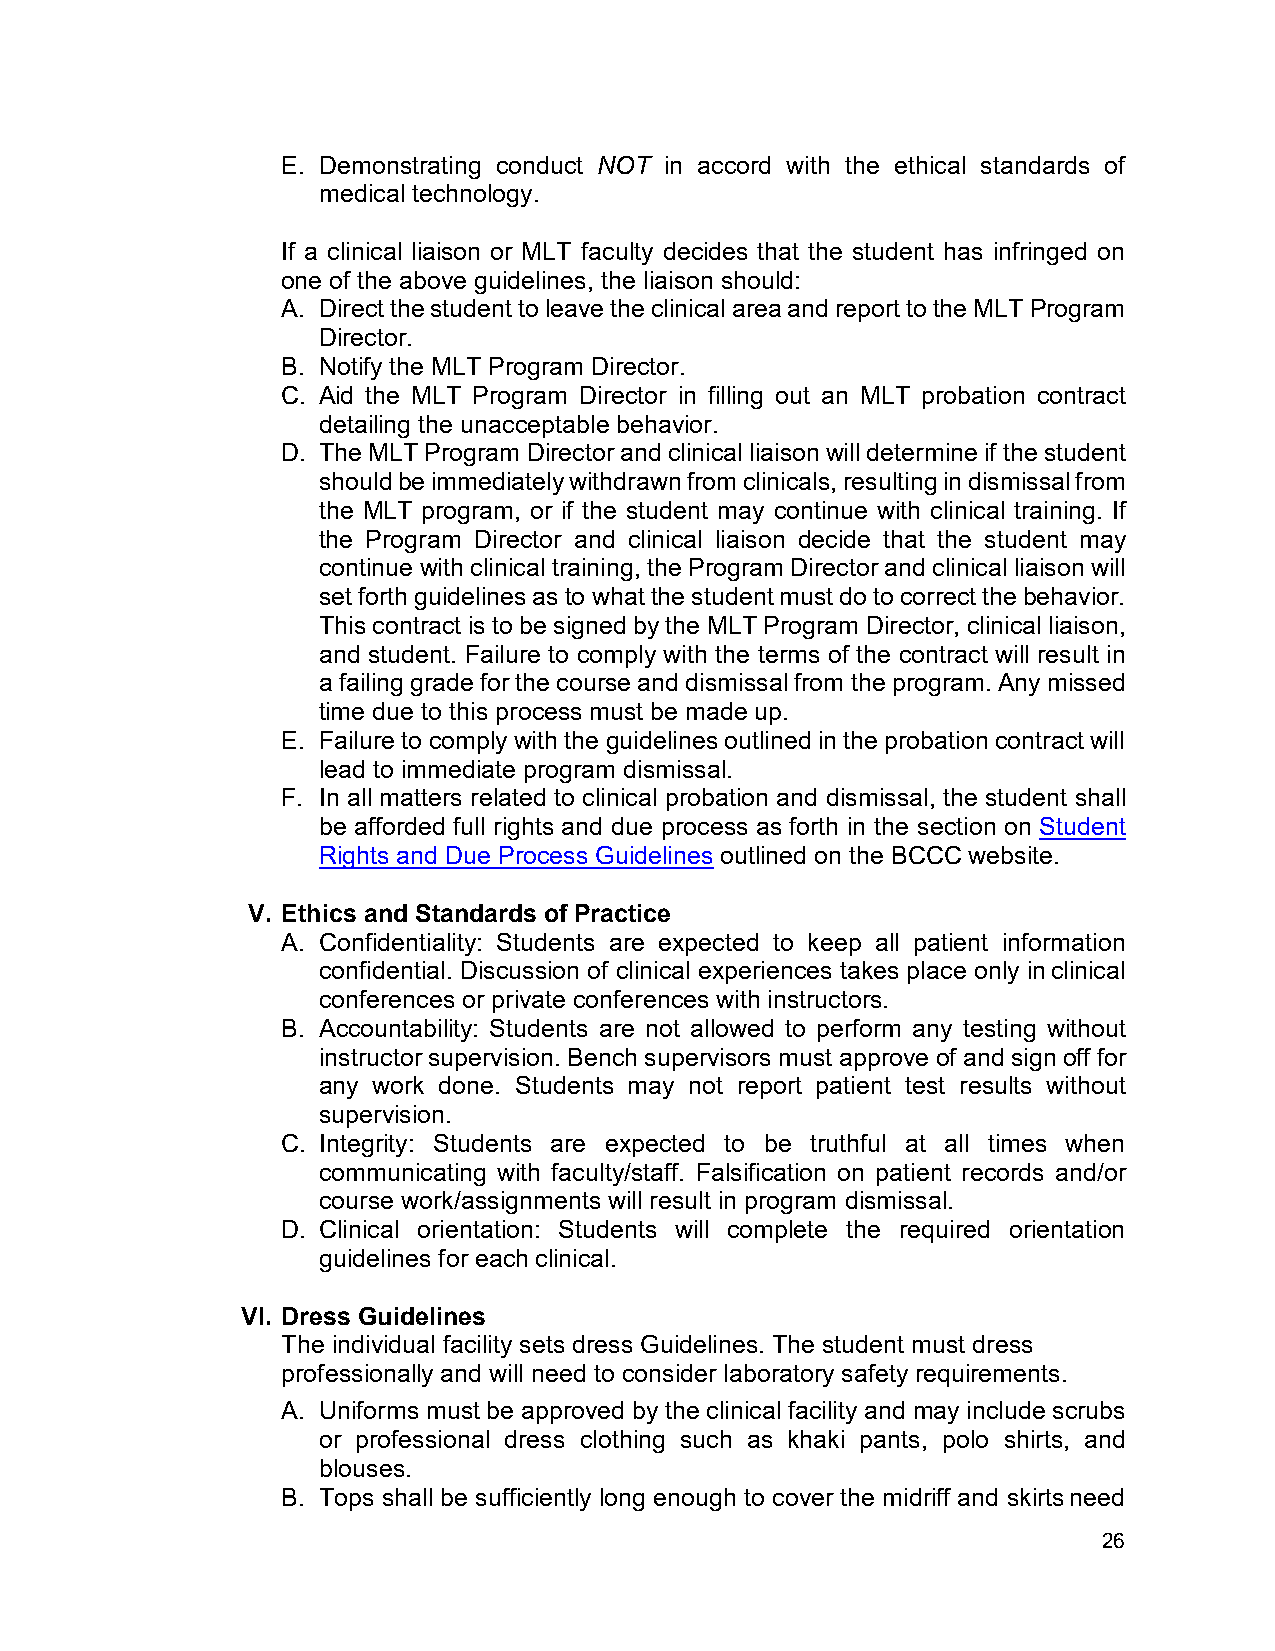
E. Demonstrating conduct NOT in accord with the ethical standards of
 medical technology.
 If a clinical liaison or MLT faculty decides that the student has infringed on
 one of the above guidelines, the liaison should:
 A. Direct the student to leave the clinical area and report to the MLT Program
 Director.
 B. Notify the MLT Program Director.
 C. Aid the MLT Program Director in filling out an MLT probation contract
 detailing the unacceptable behavior.
 D. The MLT Program Director and clinical liaison will determine if the student
 should be immediately withdrawn from clinicals, resulting in dismissal from
 the MLT program, or if the student may continue with clinical training. If
 the Program Director and clinical liaison decide that the student may
 continue with clinical training, the Program Director and clinical liaison will
 set forth guidelines as to what the student must do to correct the behavior.
 This contract is to be signed by the MLT Program Director, clinical liaison,
 and student. Failure to comply with the terms of the contract will result in
 a failing grade for the course and dismissal from the program. Any missed
 time due to this process must be made up.
 E. Failure to comply with the guidelines outlined in the probation contract will
 lead to immediate program dismissal.
 F. In all matters related to clinical probation and dismissal, the student shall
 be afforded full rights and due process as forth in the section on Student
 Rights and Due Process Guidelines outlined on the BCCC website.
 V. Ethics and Standards of Practice
 A. Confidentiality: Students are expected to keep all patient information
 confidential. Discussion of clinical experiences takes place only in clinical
 conferences or private conferences with instructors.
 B. Accountability: Students are not allowed to perform any testing without
 instructor supervision. Bench supervisors must approve of and sign off for
 any work done. Students may not report patient test results without
 supervision.
 C. Integrity: Students are expected to be truthful at all times when
 communicating with faculty/staff. Falsification on patient records and/or
 course work/assignments will result in program dismissal.
 D. Clinical orientation: Students will complete the required orientation
 guidelines for each clinical.
 VI. Dress Guidelines
 The individual facility sets dress Guidelines. The student must dress
 professionally and will need to consider laboratory safety requirements.
 A. Uniforms must be approved by the clinical facility and may include scrubs
 or professional dress clothing such as khaki pants, polo shirts, and
 blouses.
 B. Tops shall be sufficiently long enough to cover the midriff and skirts need
 26